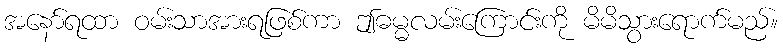
အနော်ရထာ ဝမ်းသာအားရဖြစ်ကာ ဤဓမ္မလမ်းကြောင်းကို မိမိသွားရောက်မည်။